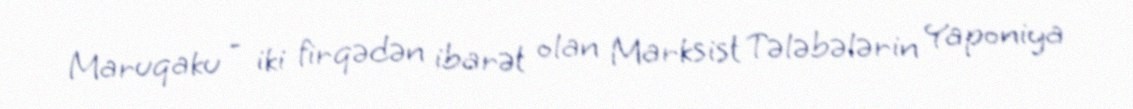
Maruqaku - iki firqədən ibarət olan Marksist Tələbələrin Yaponiya